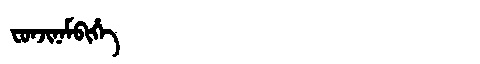
Manchu: ᠸᠣᠨᠵᡳᠨᠠᠮᠪᡳᡥᡝ
Romanization: FONJINAMBIHE